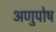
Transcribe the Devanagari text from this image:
अणुपोष